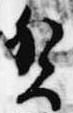
賀